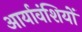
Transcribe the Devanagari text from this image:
आर्यावंशियों